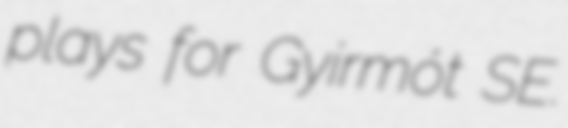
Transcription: plays for Gyirmót SE.